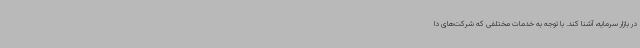
در بازار سرمایه، آشنا کند. با توجه به خدمات مختلفی که شرکت‌های دا